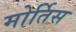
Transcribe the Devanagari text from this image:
मोर्तिस